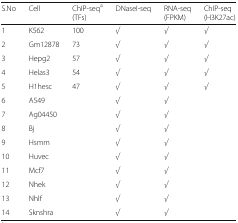
<table><thead><tr><td><b>S.No</b></td><td><b>Cell</b></td><td><b>ChIP-seq<sup>a</sup>(TFs)</b></td><td><b>DNaseI-seq</b></td><td><b>RNA-seq (FPKM)</b></td><td><b>ChIP-seq (H3K27ac)</b></td></tr></thead><tbody><tr><td>1</td><td>K562</td><td>100</td><td><i>√</i></td><td><i>√</i></td><td><i>√</i></td></tr><tr><td>2</td><td>Gm12878</td><td>73</td><td><i>√</i></td><td><i>√</i></td><td><i>√</i></td></tr><tr><td>3</td><td>Hepg2</td><td>57</td><td><i>√</i></td><td><i>√</i></td><td><i>√</i></td></tr><tr><td>4</td><td>Helas3</td><td>54</td><td><i>√</i></td><td><i>√</i></td><td><i>√</i></td></tr><tr><td>5</td><td>H1hesc</td><td>47</td><td><i>√</i></td><td><i>√</i></td><td><i>√</i></td></tr><tr><td>6</td><td>A549</td><td></td><td><i>√</i></td><td><i>√</i></td><td></td></tr><tr><td>7</td><td>Ag04450</td><td></td><td><i>√</i></td><td><i>√</i></td><td></td></tr><tr><td>8</td><td>Bj</td><td></td><td><i>√</i></td><td><i>√</i></td><td></td></tr><tr><td>9</td><td>Hsmm</td><td></td><td><i>√</i></td><td><i>√</i></td><td></td></tr><tr><td>10</td><td>Huvec</td><td></td><td><i>√</i></td><td><i>√</i></td><td></td></tr><tr><td>11</td><td>Mcf7</td><td></td><td><i>√</i></td><td><i>√</i></td><td></td></tr><tr><td>12</td><td>Nhek</td><td></td><td><i>√</i></td><td><i>√</i></td><td></td></tr><tr><td>13</td><td>Nhlf</td><td></td><td><i>√</i></td><td><i>√</i></td><td></td></tr><tr><td>14</td><td>Sknshra</td><td></td><td><i>√</i></td><td><i>√</i></td><td></td></tr></tbody></table>